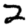
Digit: 2